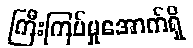
ကြီးကြပ်မှုအောက်ရှိ